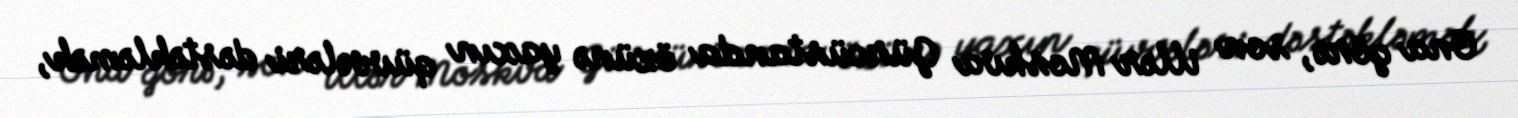
Ona görə, son illər Moskva Gürcüstanda özünə yaxın qüvvələri dəstəkləmək,